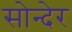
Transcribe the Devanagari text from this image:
सोन्देर